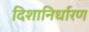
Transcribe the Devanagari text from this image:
दिशानिर्धारण